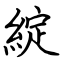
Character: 綻